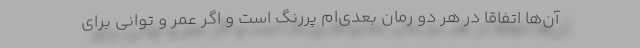
آن‌ها اتفاقاً در هر دو رمان بعدی‌ام پررنگ است و اگر عمر و توانی برای